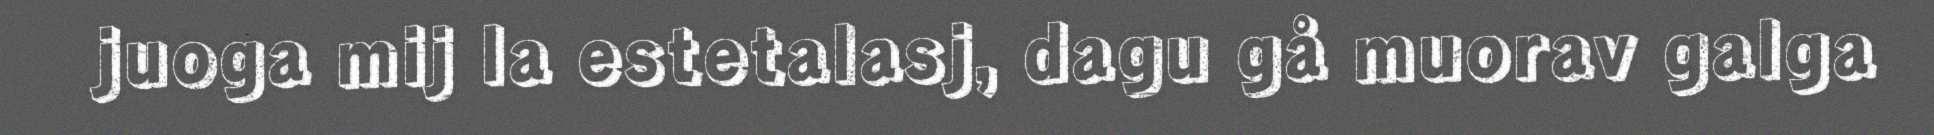
juoga mij la estetalasj, dagu gå muorav galga